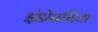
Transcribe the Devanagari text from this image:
इंडोनशिया